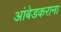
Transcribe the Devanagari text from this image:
आंबेडकराना